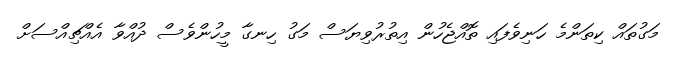
މަގުތައް ކިތަންމެ ހަނިވެފައި ތޮއްޖެހުން އިތުރުވިޔަސް މަގު ހިނގާ މީހުންވެސް ދުއްވާ އެއްޗިއްސަށް